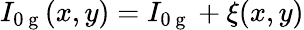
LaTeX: I_{0\mathrm{~g~}}(x,y)=I_{0\mathrm{~g~}}+\xi(x,y)